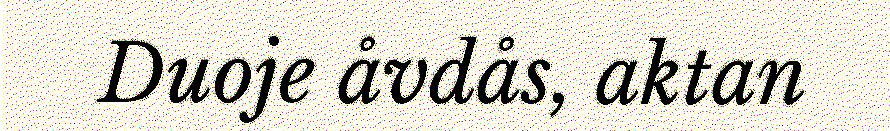
Duoje åvdås, aktan